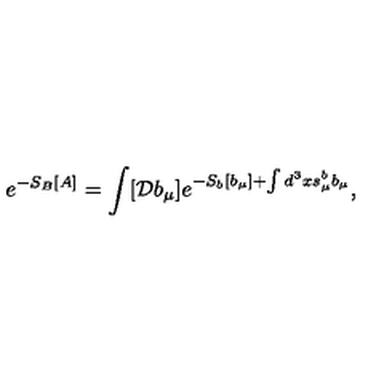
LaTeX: e ^ { - S _ { B } [ A ] } = \int [ { \mathcal D } b _ { \mu } ] e ^ { - S _ { b } [ b _ { \mu } ] + \int d ^ { 3 } x s _ { \mu } ^ { b } b _ { \mu } } ,